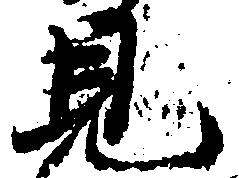
見